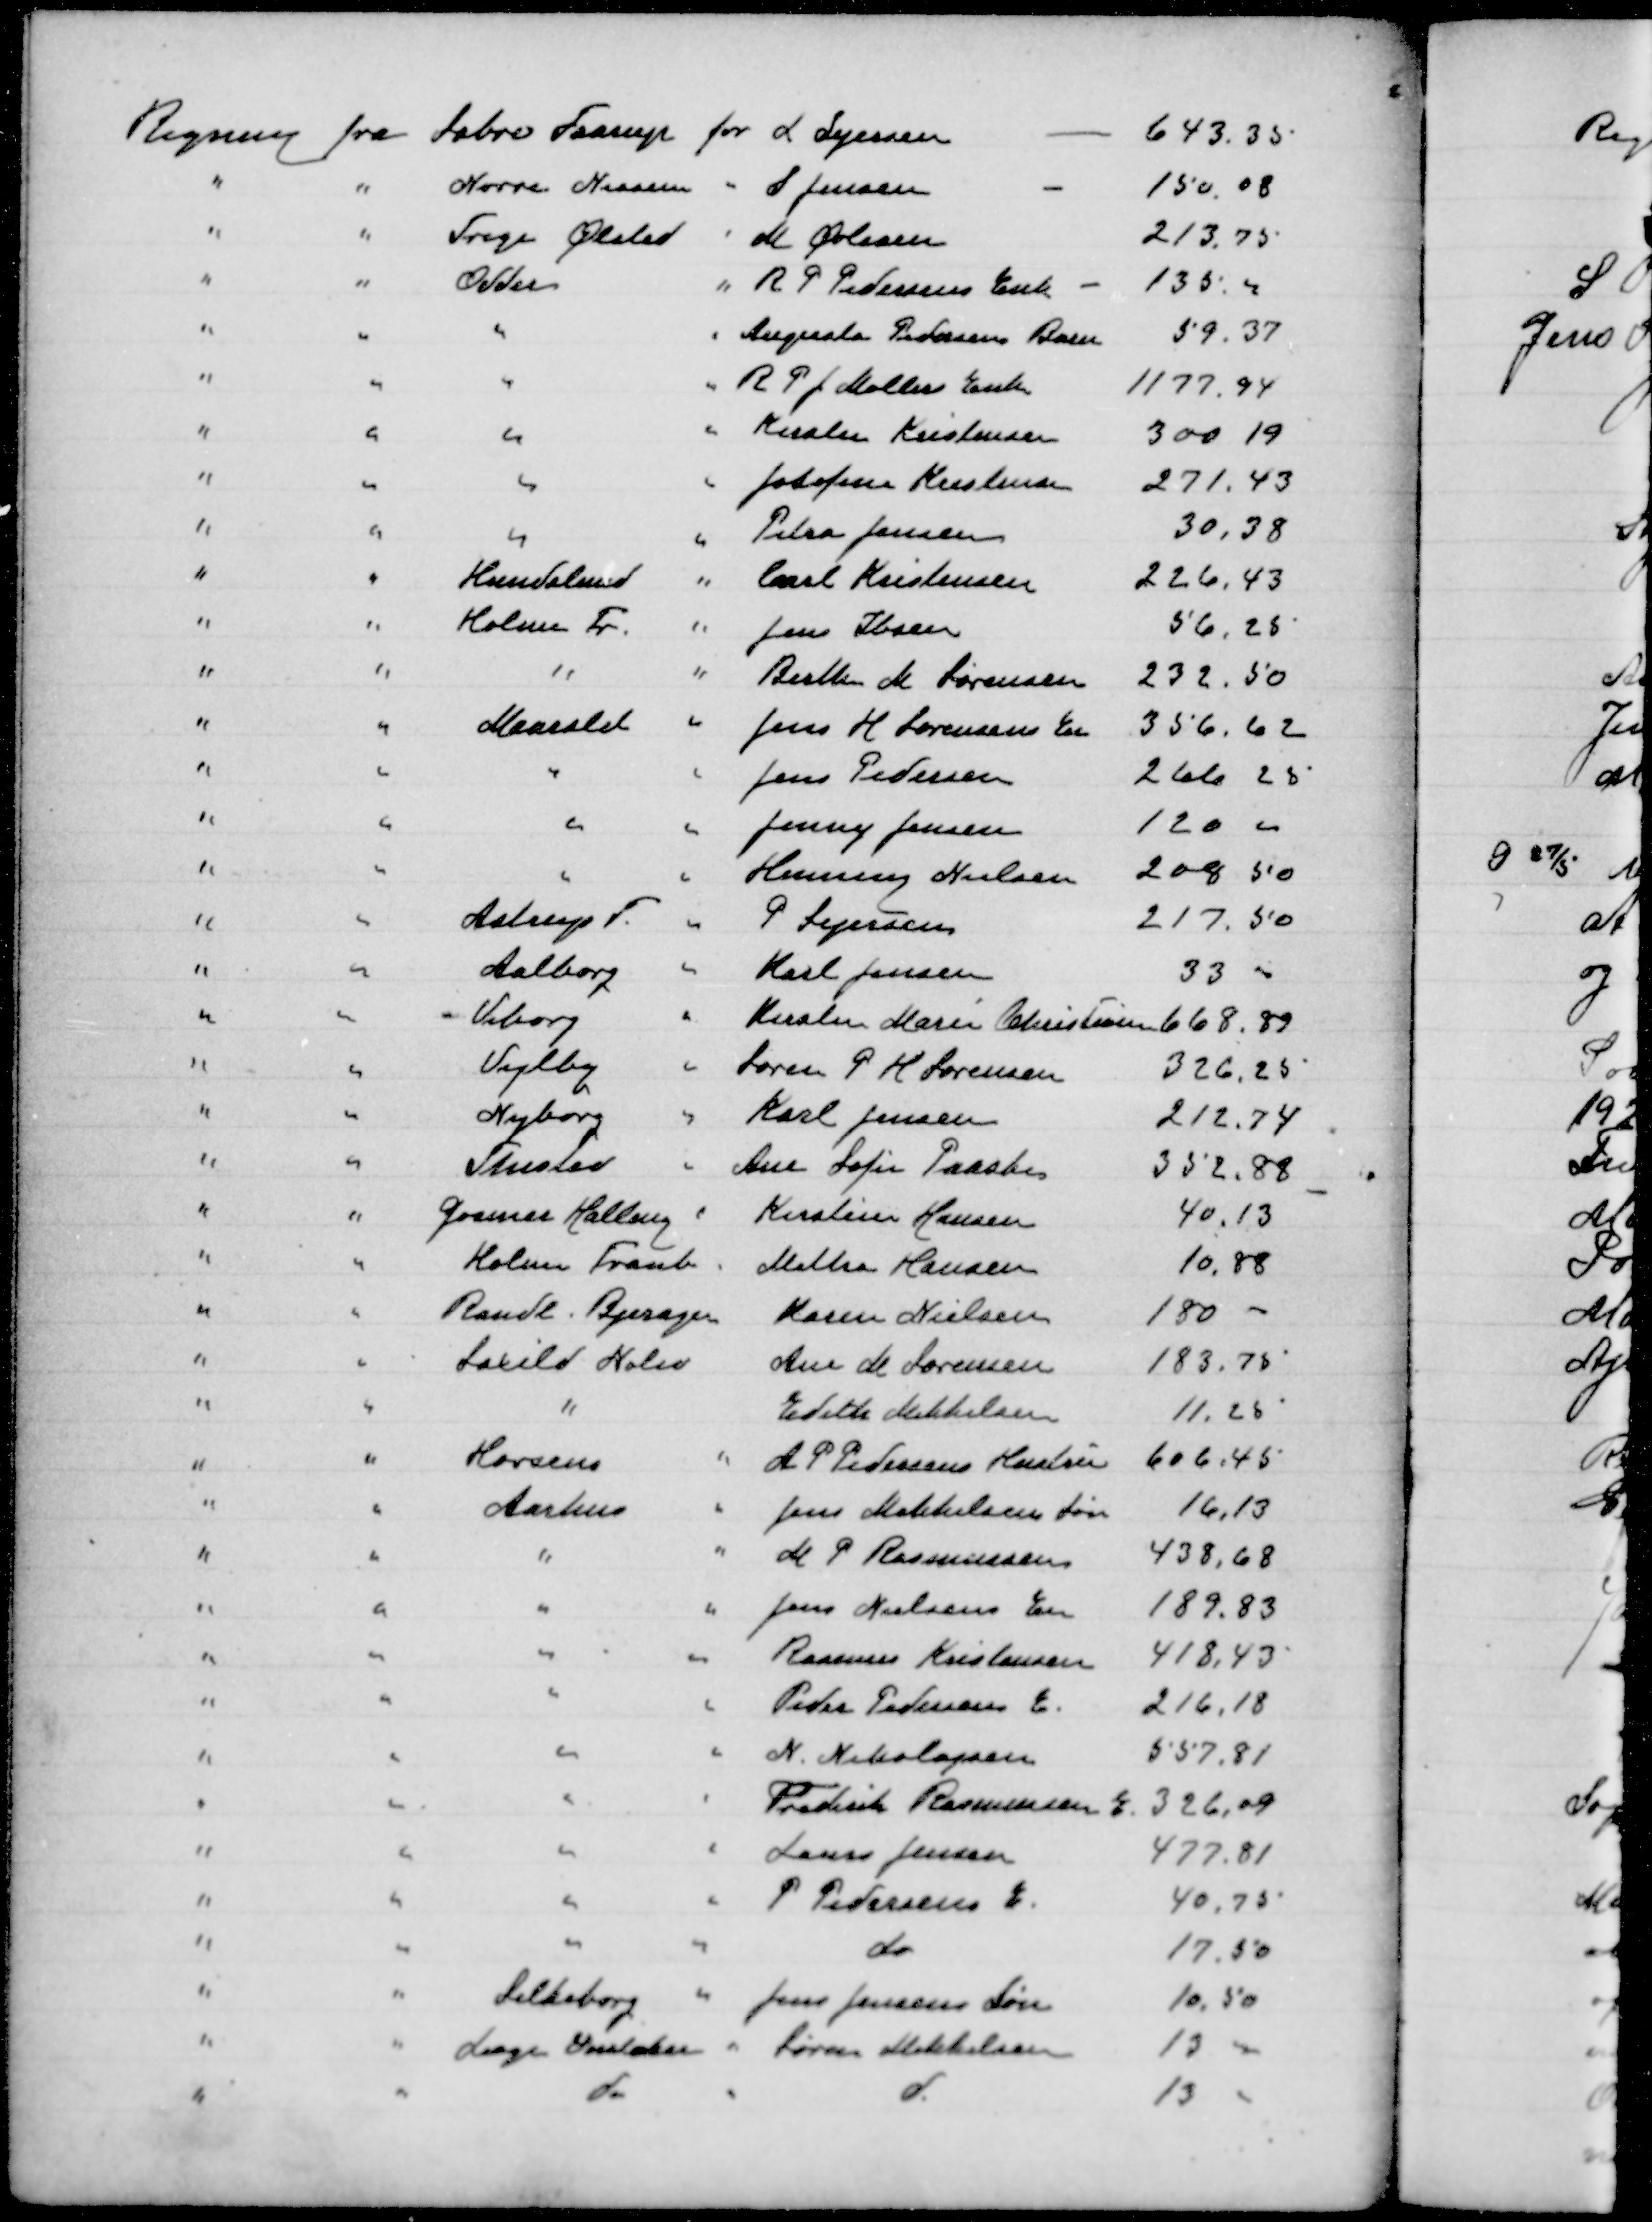
Transskription:
Regning fra Sabro Faarup for L Sejersen 643,35
" " Nørre Nissum " S Jensen 150,08
" " Trige Ølsted " M Øvlisen 213,75
" " Odder " R P Pedersens Enke 135,00
" " " " Augusta Pedersens Barn 59,37
" " " " R P J Møllers Enke 1177,94
" " " " Kirsten Kristensen 300,19
" " " " Josefine Kristensen 271,43
" " " " Peter Jensen 30,38
" " Hundslund " Carl Kristensen 226,43
" " Holme Tr " Jens Ibsen 56,25
" " " " Birthe M Sørensen 232,50
" " Maarslet " Jens H Sørensens En 356,62
" " " " Jens Pedersen 266,23
" " " " Jenny Jensen 120,00
" " " " Henning Nielsen 208,50
" " Astrup F " P Sejersen 217,50
" " Aalborg " Karl Jensen 33,00
" " Viborg " Kirsten Marie Christensen 668,89
" " Vejlby " Lærer P H Sørensen 326,25
" " Nyborg " Karl Jensen 212,74
" " Thisted Ane Sofie Paaske 352,88
" " Gosmer Halling " Kirstin Hansen 40,13
" " Holme Tranb Metha Hansen 10,88
" " Randl Bjerager Karen Nielsen 180,00
" " Saxild Nølev Ane M Sørensen183,75
" " " Edith Mikkelsen 11,25
" " Horsens " A P Pedersens Hustru 606,45
" " Aarhus " Jens Mikkelsens Søn 16,13
" " " " M P Rasmussen 438,68
" " " " Jens Nielsens En 189,83
" " " " Rasmus Kristensen 418,43
" " " " Peder Pedersens E 216,18
" " " " N Nikolajsen 557,81
" " " " Frederik Rasmussen E 326,09
" " " " Laura Jensen 477,81
" " " " P Pedersens E 40,75
" " " " do 17,50
" " Silkeborg " Jens Jensens Søn 10,50
" " Læge  ?? Søren Mikkelsen 13,00
" " do " d. 13,00